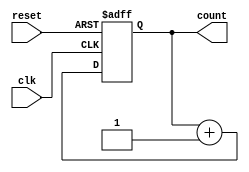
module up_counter_moore #(
    parameter N = 4 // Define the number of bits for the counter
)(
    input wire clk,       // Clock input
    input wire reset,     // Asynchronous reset input
    output reg [N-1:0] count // N-bit output for the current count
);

// Always block triggered on the rising edge of the clock or when reset is asserted
always @(posedge clk or posedge reset) begin
    if (reset) begin
        count <= 0; // Reset the count to 0
    end else begin
        count <= count + 1; // Increment the counter
    end
end

endmodule